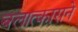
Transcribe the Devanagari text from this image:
बलात्काराने